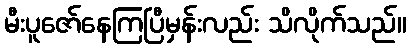
မီးပူဇော်နေကြပြီမှန်းလည်း သိလိုက်သည်။